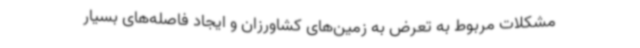
مشکلات مربوط به تعرض به زمین‌های کشاورزان و ایجاد فاصله‌های بسیار